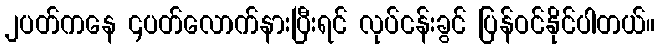
၂ပတ်ကနေ ၄ပတ်လောက်နားပြီးရင် လုပ်ငန်းခွင် ပြန်ဝင်နိုင်ပါတယ်။